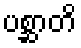
ပစ္ဆာတိ